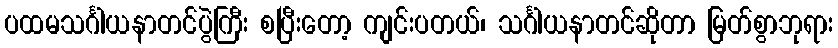
ပထမသင်္ဂါယနာတင်ပွဲကြီး စပြီးတော့ ကျင်းပတယ်၊ သင်္ဂါယနာတင်ဆိုတာ မြတ်စွာဘုရား